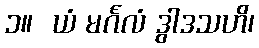
၁။  ယံ မင်္ဂလံ ဒွါဒသဟိ၊